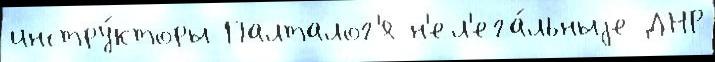
инстру́кторы Палталог'я н'ел'ега́льныjе ДНР